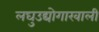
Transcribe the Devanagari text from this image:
लघुउद्योगाखाली